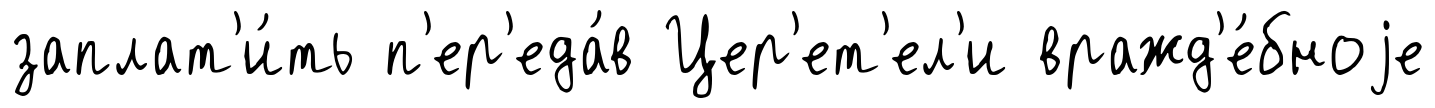
заплат'и́ть п'ер'еда́в Цер'ет'ел'и вражд'е́бноjе